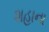
શહાના